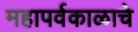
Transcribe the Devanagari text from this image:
महापर्वकाळाचे